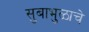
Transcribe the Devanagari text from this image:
सुबाभुळाचे